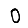
Digit: 0